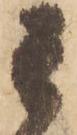
其